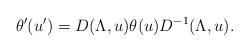
LaTeX: \begin{align*}\theta'(u') = D(\Lambda, u) \theta(u) D^{-1}(\Lambda, u).\end{align*}